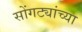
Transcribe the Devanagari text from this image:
सोंगट्यांच्या